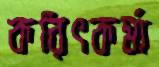
করিৎকর্মা